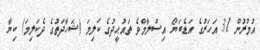
އުމުރުން 31 އަހަރުގެ އަޑެބަޔޯ އިސްލާމްވެ ތައުޙީދުގެ ކަލިމަ (ޝަހާދަތުގެ ދެކަލިމަ) ކިޔާ